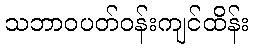
သဘာဝပတ်ဝန်းကျင်ထိန်း